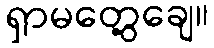
ရှာမတွေ့ချေ။